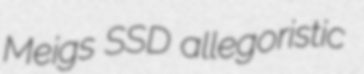
Meigs SSD allegoristic